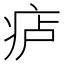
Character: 𪽮